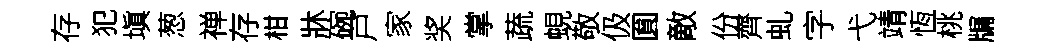
存犯塡葱禅存柑牀碗戸家奖掌蔬蜆敬伋圎敵份齊虬字弋靖恆桃牖